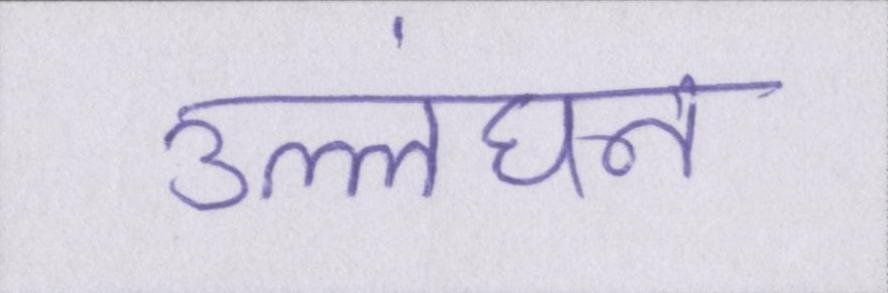
उल्लंघन